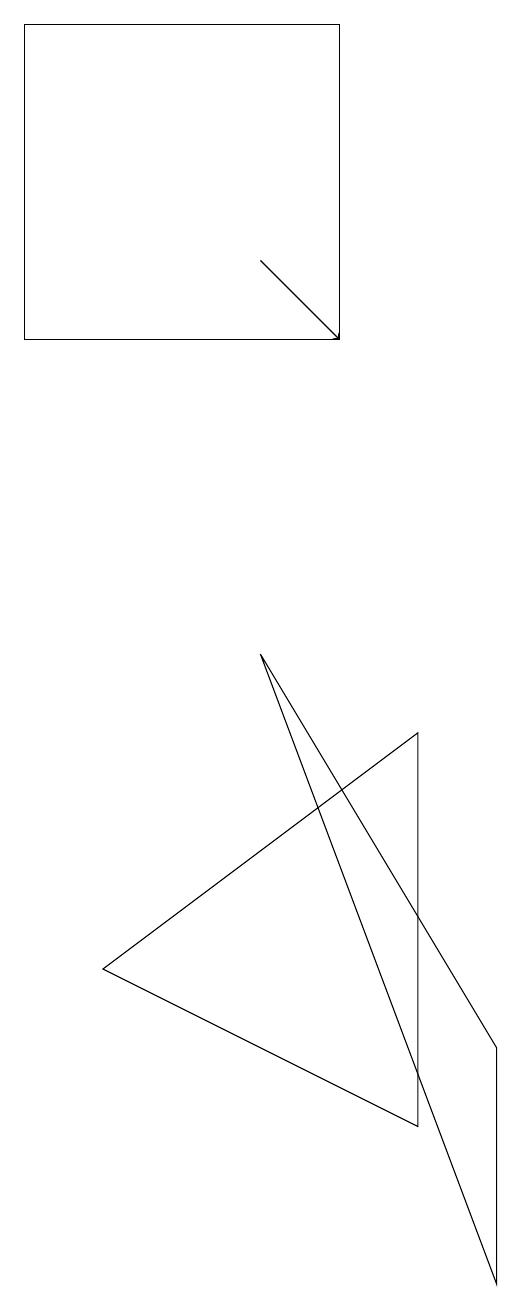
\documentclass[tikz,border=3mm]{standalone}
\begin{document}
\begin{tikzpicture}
\draw (5,8) -- (1,5) -- (5,3) -- cycle;
\draw (4,17) rectangle (0,13);
\draw[->] (3,14) -- (4,13);
\draw (3,9) -- (6,4) -- (6,1) -- cycle;
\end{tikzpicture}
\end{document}